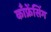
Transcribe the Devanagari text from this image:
काँफ्रेंसिंग